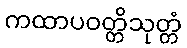
ကထာပဝတ္တိသုတ္တံ